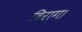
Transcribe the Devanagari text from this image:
विराग।